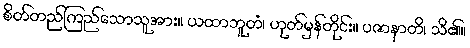
စိတ်တည်ကြည်သောသူအား။ ယထာဘူတံ၊ ဟုတ်မှန်တိုင်း။ ပဇာနာတိ၊ သိ၏။